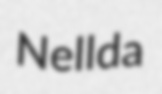
Nellda